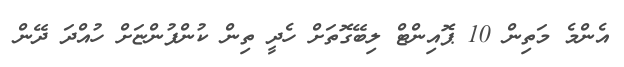
އެންމެ މަތިން 10 ޕޮއިންޓް ލިބޭގޮތަށް ހެދީ ތިން ކުންފުންޏަށް ހުއްދަ ދޭން